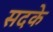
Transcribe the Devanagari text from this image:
सदके